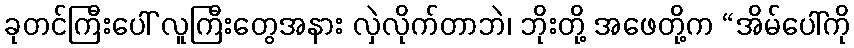
ခုတင်ကြီးပေါ် လူကြီးတွေအနား လှဲလိုက်တာဘဲ၊ ဘိုးတို့ အဖေတို့က “အိမ်ပေါ်ကို